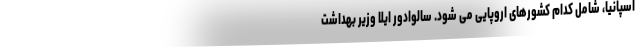
اسپانیا، شامل کدام کشورهای اروپایی می شود. سالوادور ایلا وزیر بهداشت